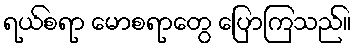
ရယ်စရာ မောစရာတွေ ပြောကြသည်။